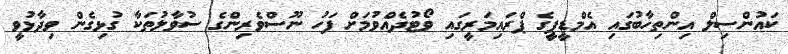
ކައުންސިލް އިންތިހާބުގައި އެމްޑީޕީގެ ޕްރައިމަރީގައި ވޯޓުދެއްވުމަށް ފަހު ނޫސްވެރިންގެ ސުވާލުތަކާ ގުޅިިގެން ވިދާޅުވީ